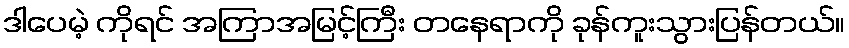
ဒါပေမဲ့ ကိုရင် အကြာအမြင့်ကြီး တနေရာကို ခုန်ကူးသွားပြန်တယ်။